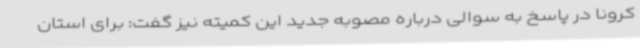
کرونا در پاسخ به سوالی درباره مصوبه جدید این کمیته نیز گفت: برای استان